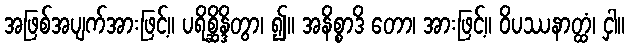
အဖြစ်အပျက်အားဖြင့်။ ပရိစ္ဆိန္ဒိတွာ၊ ၍။ အနိစ္စာဒိ တော၊ အားဖြင့်။ ဝိပဿနာတ္ထံ၊ ငှါ။